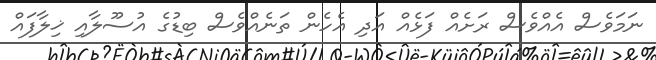
ނަމަވެސް އެއްވެސް ރަށެއް ފަޅެއް އަދި އެހެން ތަނެއްވެސް ބިޑުގެ އުސޫލާއި ޚިލާފައް